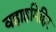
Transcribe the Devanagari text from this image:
वहाहमिहिर